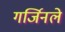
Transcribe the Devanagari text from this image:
गर्जिनले